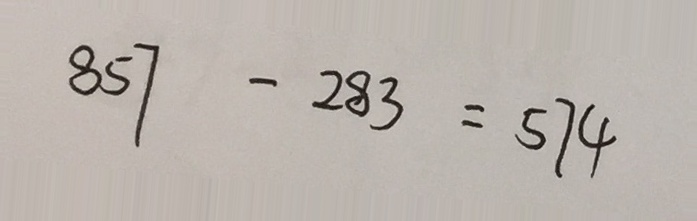
8 5 7 - 2 8 3 = 5 7 4